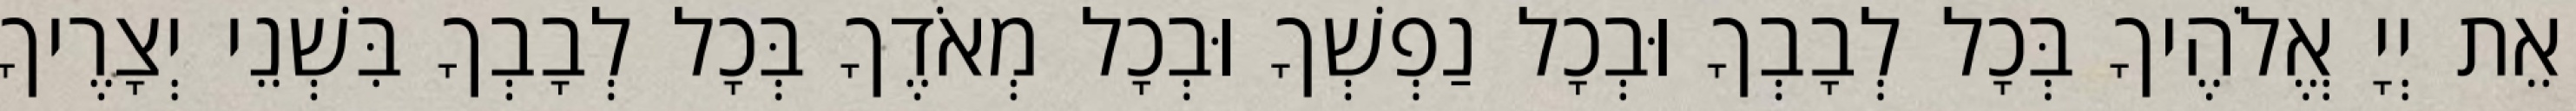
אֵת יְיָ אֱלֹהֶיךָ בְּכָל לְבָבְךָ וּבְכָל נַפְשְׁךָ וּבְכָל מְאֹדֶךָ בְּכָל לְבָבְךָ בִּשְׁנֵי יְצָרֶיךָ